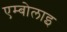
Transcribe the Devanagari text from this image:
एम्बोलाइ